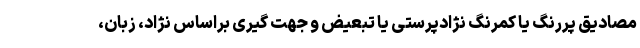
مصادیق پررنگ یا کمرنگ نژادپرستی یا تبعیض و جهت گیری براساس نژاد، زبان،